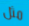
مثل